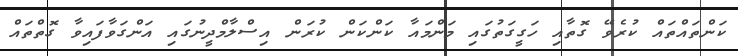
ކަންތައްތައް ކުރެވޭ ގޮތާއި ހަގީގަތުގައި މަންމައާ ކަންކަން ކުރަން އިސްލާމްދީނުގައި އަންގަވާފައިވާ ގޮތްތައް